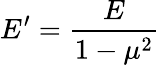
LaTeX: E^{\prime}={\frac{E}{1-\mu^{2}}}